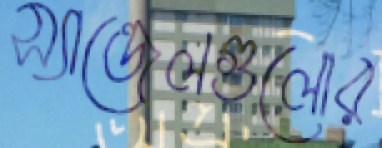
স্যান্ডেলগুলোর